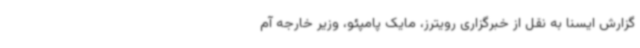
گزارش ایسنا به نقل از خبرگزاری رویترز، مایک پامپئو، وزیر خارجه آم